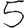
Digit: 5